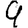
Digit: 9